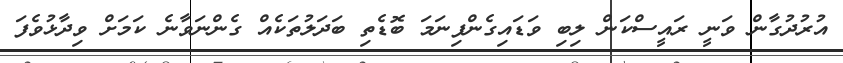
އުރުދުގާން ވަނީ ރައީސްކަން ލިބި ވަޑައިގެންފިނަމަ ބޮޑެތި ބަދަލުތަކެއް ގެންނަވާނެ ކަމަށް ވިދާޅުވެފަ